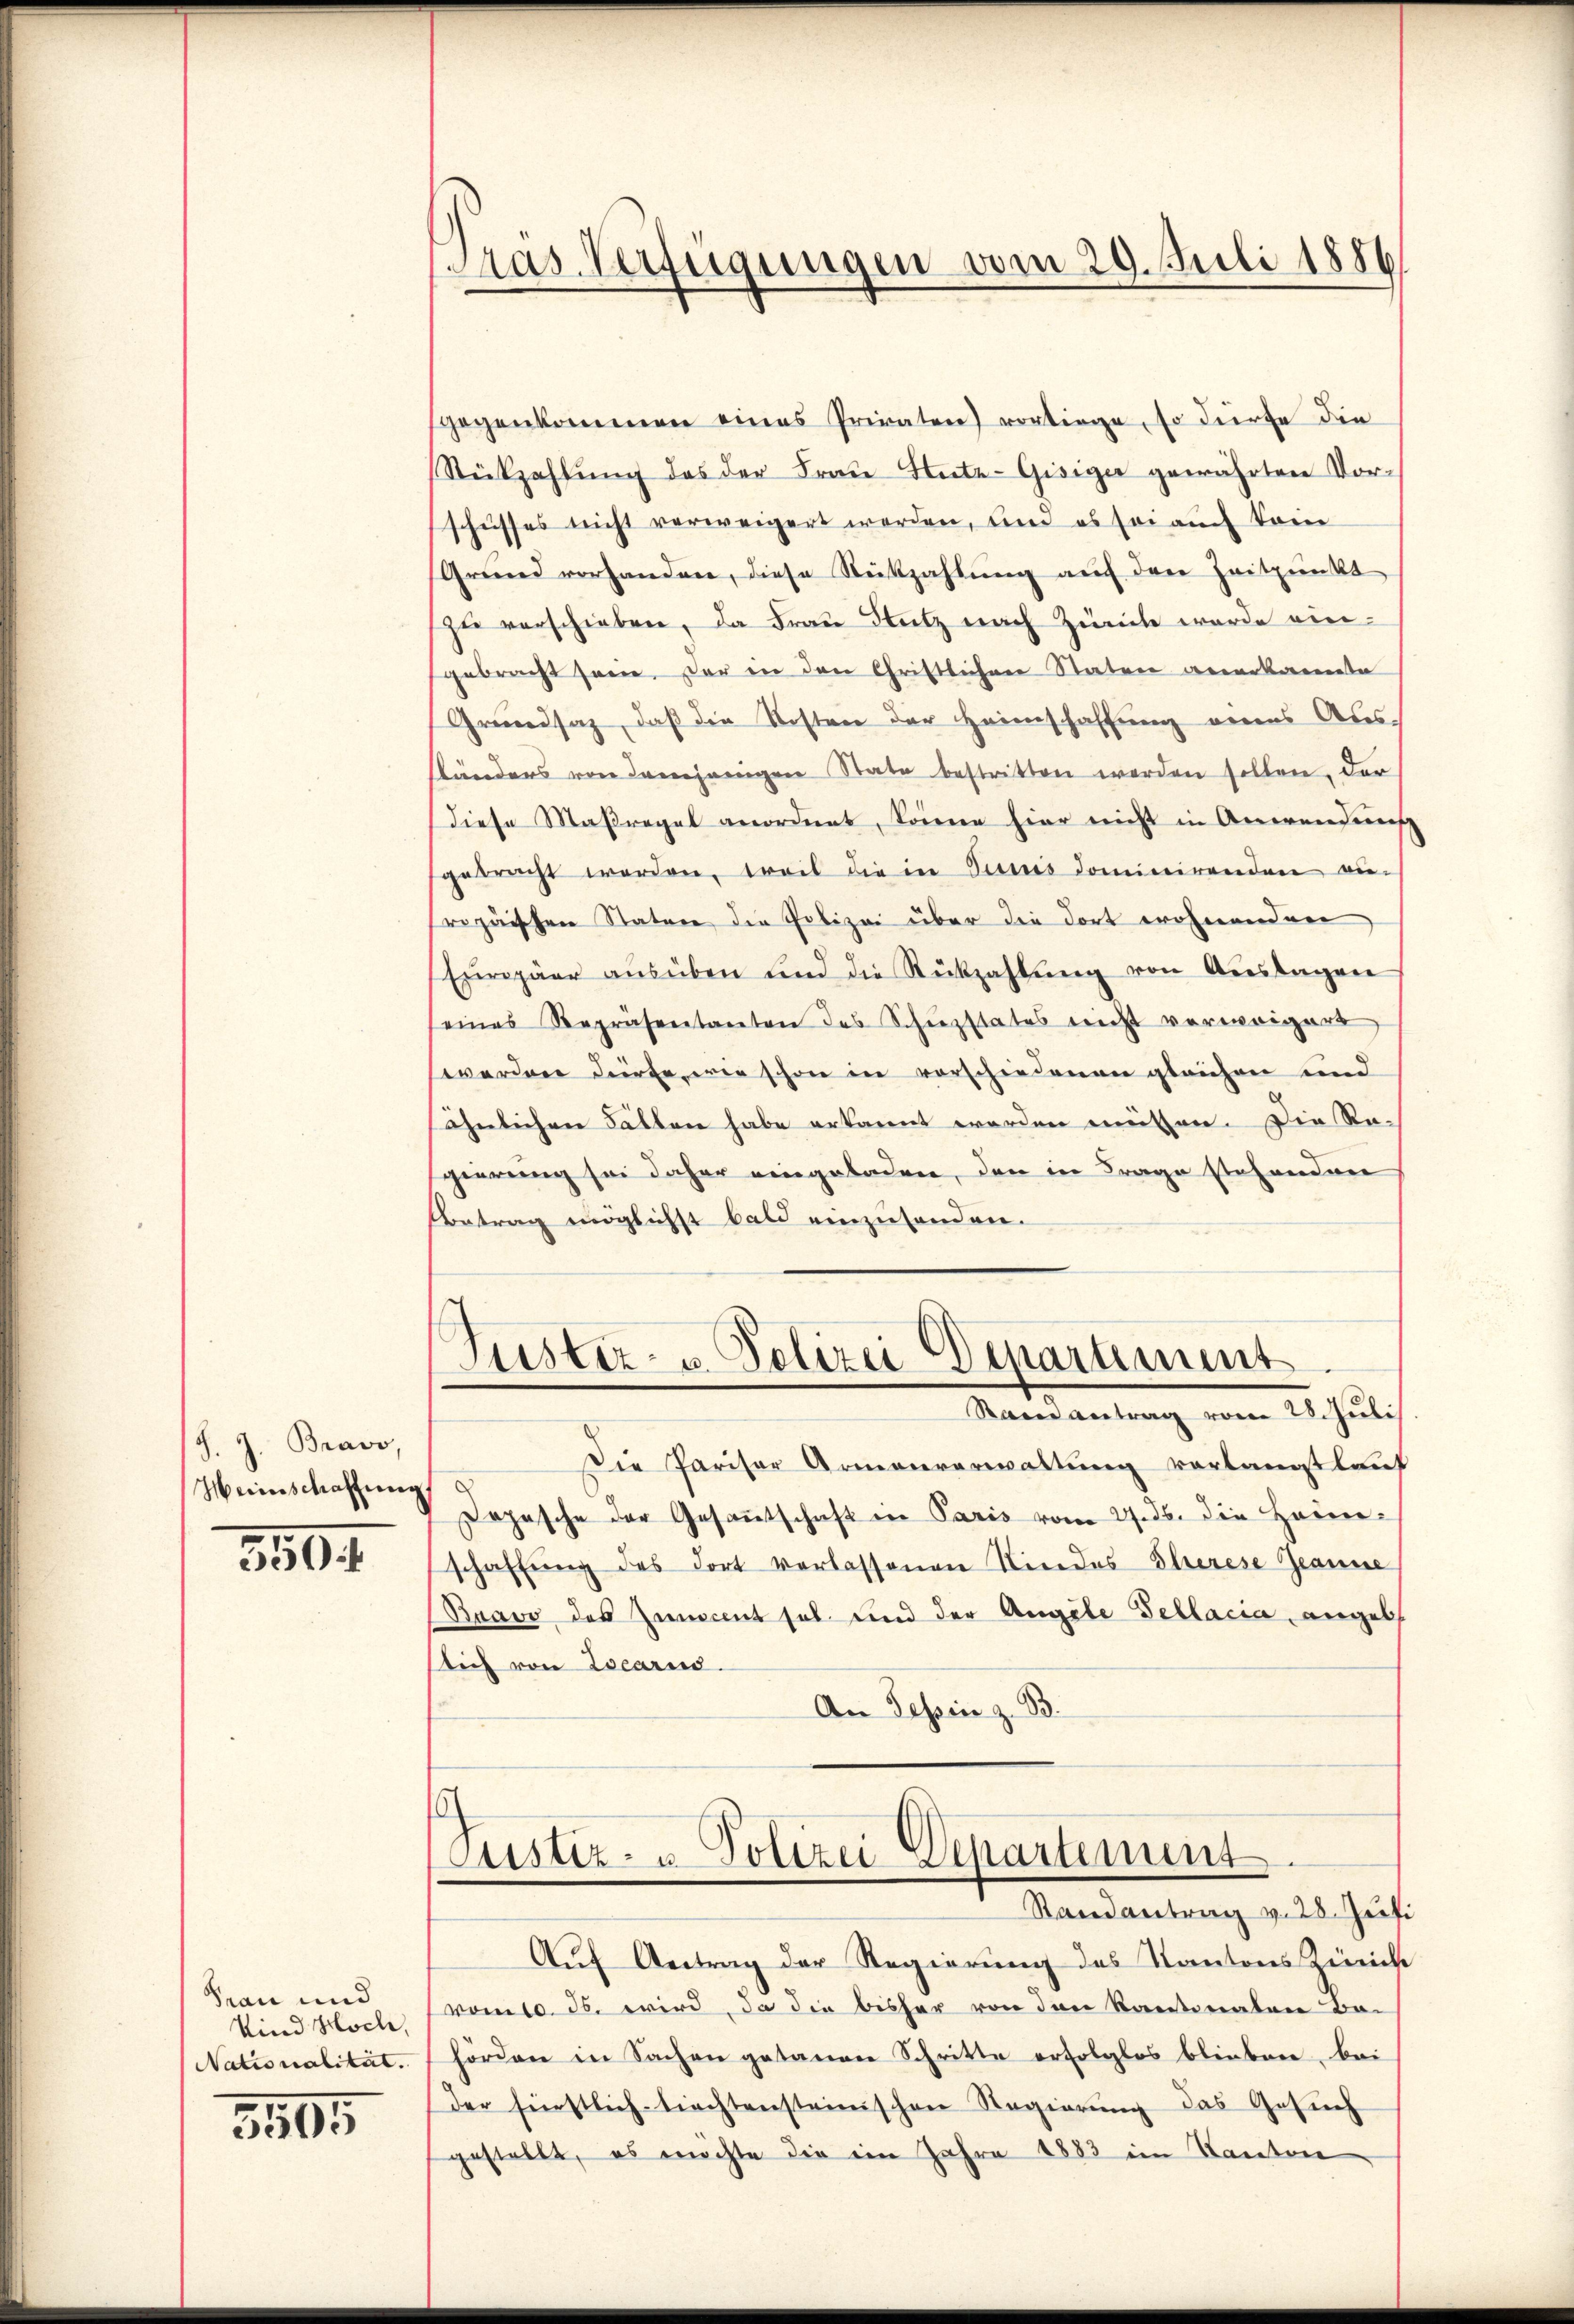
J. J. Bravo,
Heinschaffung

3504.

Frau und
Kind Hoch,
Nationalität.
5595

Aas Verfügungen vom 20. Juli 1886

sgegenkommen eines Privaten) vorliege, so dürfe die
Rückzahlŭng des der Fraŭ Ante-Gisiger gewährten Vorschusses nicht verweigert werden, und es sei auch kein
Grund vorhanden, diese Rückzahlŭng auf den Zeitpunkt
zŭ verschieben, da Frau Stutz nach Zürich wurde eingebracht sein. Der in den Christlichen Staten anerkannte
Grundsaz, daß die Kosten der Heimschaffung eines Aus-
ständers von demjenigen State bestritten werden sollen, der
diese Maßregel anordnet, können hier nicht in Anwendung
gebracht werden, teil die in Sunis dominirenden an-
Propäischen Stature die Polizei über die dort wohnenden
Europäer aŭsüben und die Rückzahlŭng von Aŭslagen
seines Repräsentanten des Schuzstates nicht verweigert
werden dürfe, wie schon in vorschiedenen gleichen und
ähnlichen Fällen habe erkannt worden mütten. Die Re-
gierung sei daher eingeladen, den in Frage stehenden
Betrag möglichst bald einzusenden.
Puster- u. Polizei Departiment
Mandantung vom 25. Juli
Die Pariser Armenverwaltung verlangt lauf
Dopasche der Gesantschaft in Paris vom 27. ds. die Hauer-
schaffŭng des dort verlassenen Niedes Eherese Jeanne
Bravo des Zumcent sol und der Angele Fellacia angele
sich von Locarus.
An Tessin z. B.

Justiz- u. Polizei Departement.
Randantrag v. 28. Jusi

Aŭf Antrag der Regierŭng des Kantons Zürick
vom 10. ds. wird, da die bisher von den Kantonaten Be-
hörden in Sachen getanen Schritte erfolglos blieben, bei
der fürstlichtiechtensteinischen Regierung das Gesuch
gestellt, es möchte die im Jahre 1883 im Kanton